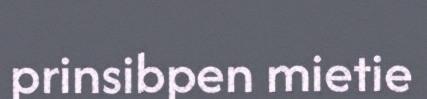
prinsibpen mietie